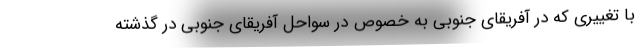
با تغییری که در آفریقای جنوبی به خصوص در سواحل آفریقای جنوبی در گذشته